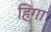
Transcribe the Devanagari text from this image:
हिगा